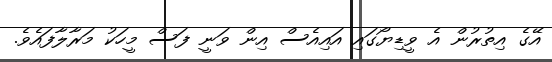
އޭގެ އިތުރުން އެ ވީޑިޔޯގައި އައިއެސް އިން ވަނީ ފަސް މީހަކު މަރާލާފައެވެ.